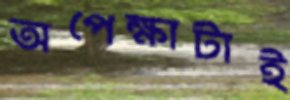
অপেক্ষাটাই